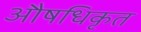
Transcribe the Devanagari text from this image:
औषधिकृत